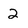
Character: 2